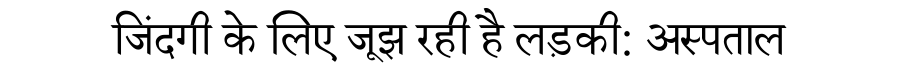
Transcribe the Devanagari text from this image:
जिंदगी के लिए जूझ रही है लड़की: अस्पताल